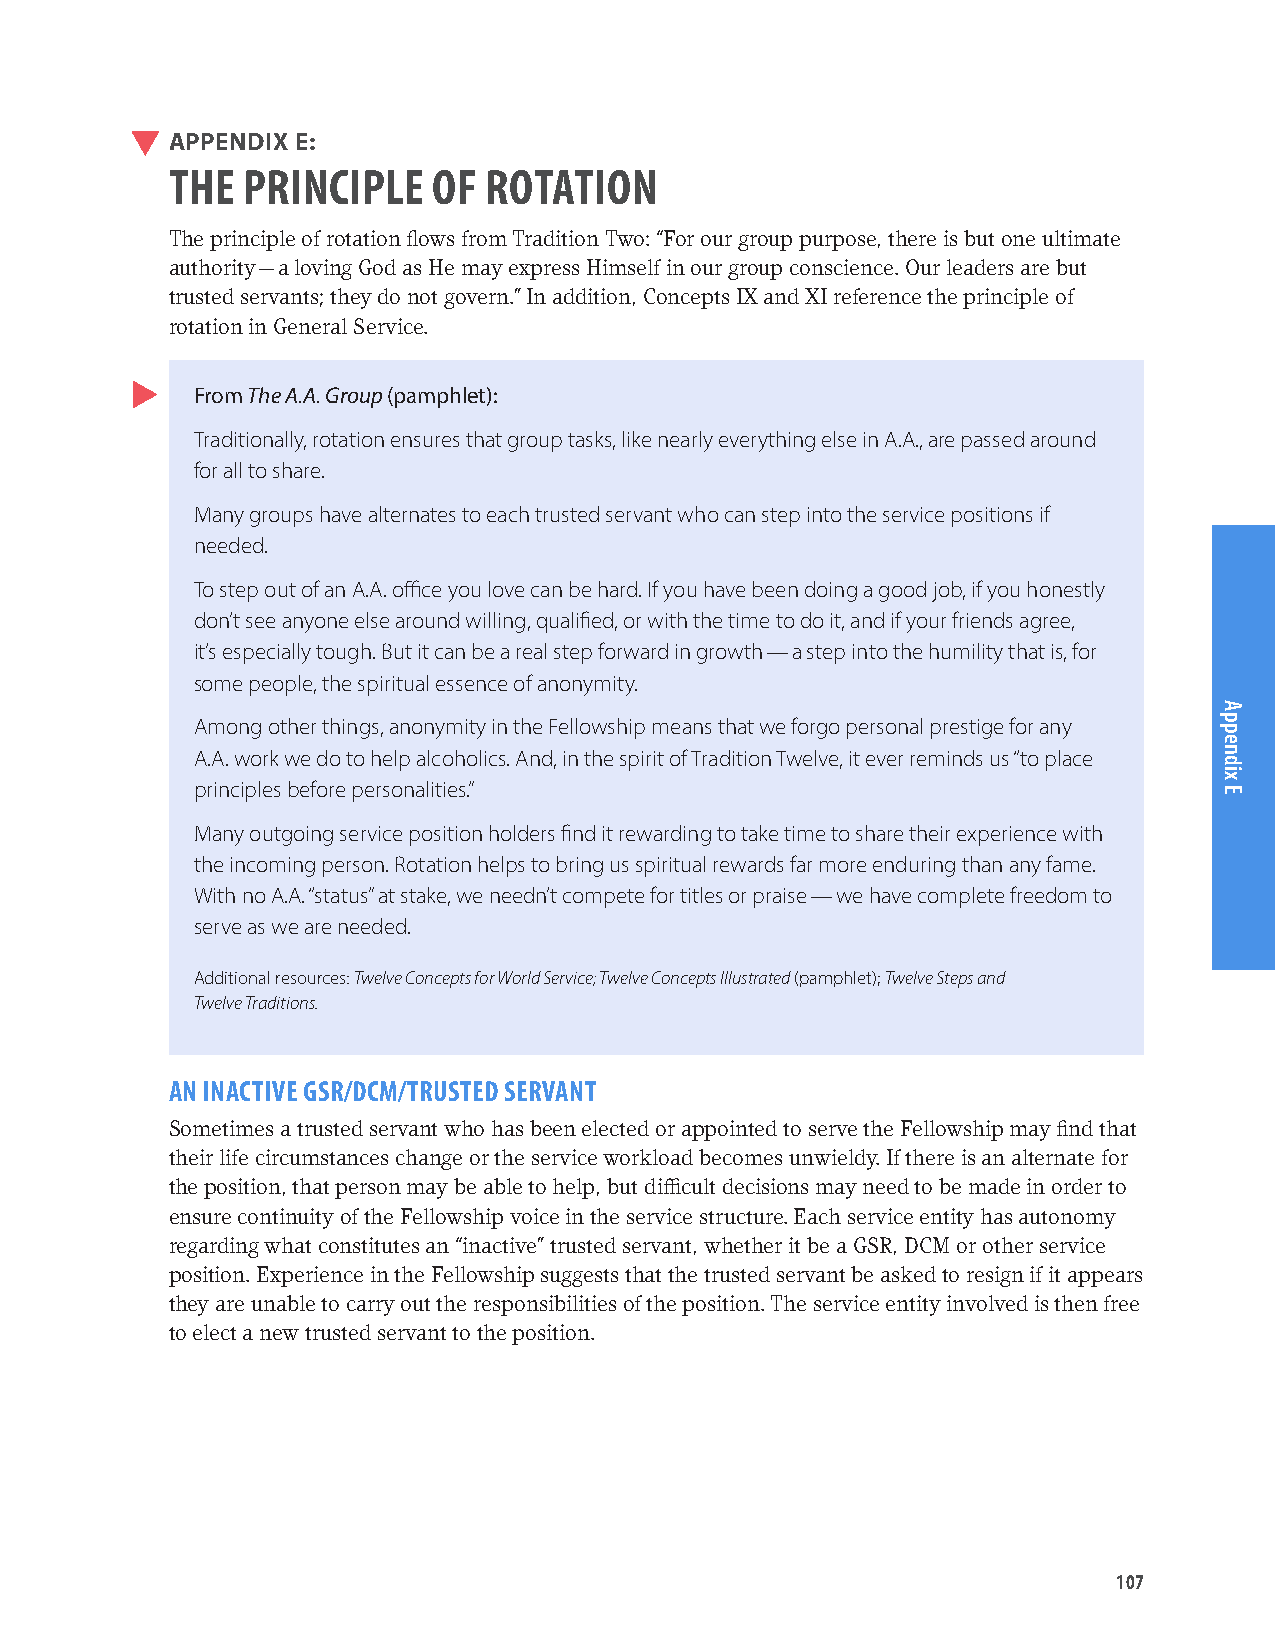
APPENDIX E:
 THE  PRINCIPLE    OF ROTATION
 The principle of rotation flows from Tradition Two: “For our group purpose, there is but one ultimate
 authority — a loving God as He may express Himself in our group conscience. Our leaders are but
 trusted servants; they do not govern.” In addition, Concepts IX and XI reference the principle of
 rotation in General Service.
 From The A.A. Group (pamphlet):
 Traditionally, rotation ensures that group tasks, like nearly everything else in A.A., are passed around
 for all to share.
 Many groups have alternates to each trusted servant who can step into the service positions if
 needed.
 To step out of an A.A. office you love can be hard. If you have been doing a good job, if you honestly
 don’t see anyone else around willing, qualified, or with the time to do it, and if your friends agree,
 it’s especially tough. But it can be a real step forward in growth — a step into the humility that is, for
 some people, the spiritual essence of anonymity.
 Among other things, anonymity in the Fellowship means that we forgo personal prestige for any
 A.A. work we do to help alcoholics. And, in the spirit of Tradition Twelve, it ever reminds us “to place
 principles before personalities.”
 Many outgoing service position holders find it rewarding to take time to share their experience with
 the incoming person. Rotation helps to bring us spiritual rewards far more enduring than any fame.
 With no A.A. “status” at stake, we needn’t compete for titles or praise — we have complete freedom to
 serve as we are needed.
 Additional resources: Twelve Concepts for World Service; Twelve Concepts Illustrated (pamphlet); Twelve Steps and
 Twelve Traditions.
 AN INACTIVE GSR/DCM/TRUSTED SERVANT
 Sometimes a trusted servant who has been elected or appointed to serve the Fellowship may find that
 their life circumstances change or the service workload becomes unwieldy. If there is an alternate for
 the position, that person may be able to help, but difficult decisions may need to be made in order to
 ensure continuity of the Fellowship voice in the service structure. Each service entity has autonomy
 regarding what constitutes an “inactive” trusted servant, whether it be a GSR, DCM or other service
 position. Experience in the Fellowship suggests that the trusted servant be asked to resign if it appears
 they are unable to carry out the responsibilities of the position. The service entity involved is then free
 to elect a new trusted servant to the position.
 107
 Appendix
 E